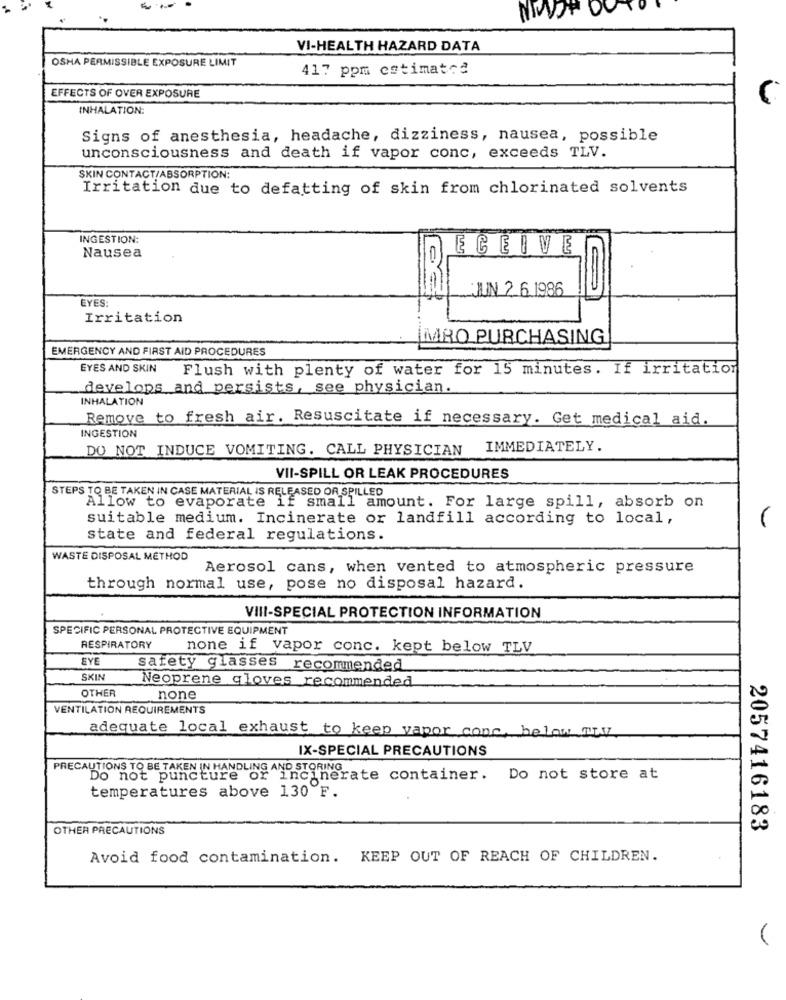
NIKON D
VI-HEALTH HAZARD DATA
OSHA PERMISSIBLE EXPOSURE LIMIT
417 ppm estimated
EFFECTS OF OVER EXPOSURE
INHALATION:
Signs of anesthesia, headache, dizziness, nausea, possible
unconsciousness and death if vapor conc, exceeds TLV.
SKIN CONTACT/ABSORPTION:
Irritation due to defatting of skin from chlorinated solvents
INGESTION:
ECEIVE
Nausea
EYES:
JUN 2. 6.1986
Irritation
MRO PURCHASING
EMERGENCY AND FIRST AID PROCEDURES
EYES AND SKIN Flush with plenty of water for 15 minutes. If irritation
develops and persists, see physician.
INHALATION
Remove to fresh air. Resuscitate if necessary. Get medical aid.
INGESTION
DO NOT INDUCE VOMITING. CALL PHYSICIAN IMMEDIATELY.
VII-SPILL OR LEAK PROCEDURES
STEPS TO BE TAKEN IN CASE MATERIAL IS RELEASED OR SPILLED
Allow to evaporate if small amount. For large spill, absorb on
suitable medium. Incinerate or landfill according to local,
state and federal regulations.
WASTE DISPOSAL METHOD
Aerosol cans, when vented to atmospheric pressure
through normal use, pose no disposal hazard.
VIII-SPECIAL PROTECTION INFORMATION
SPECIFIC PERSONAL PROTECTIVE EQUIPMENT
RESPIRATORY
none if vapor conc. kept below TLV
EYE
safety glasses recommended
SKIN
Neoprene gloves recommended
OTHER
none
VENTILATION REQUIREMENTS
adequate local exhaust to keep vapor conc, below Tw
IX-SPECIAL PRECAUTIONS
PRECAUTIONS TO BE TAKEN IN HANDLING AND STORING
Do not puncture or incinerate container. Do not store at
temperatures above 130 F.
OTHER PRECAUTIONS
2057416183
Avoid food contamination. KEEP OUT OF REACH OF CHILDREN.